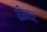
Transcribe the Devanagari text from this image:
तीनचः